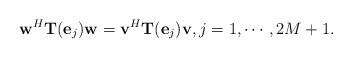
LaTeX: \begin{align*}\mathbf w^H \mathbf T (\mathbf e_j) \mathbf w = \mathbf v^H \mathbf T (\mathbf e_j)\mathbf v, j=1, \cdots, 2M+1. \end{align*}